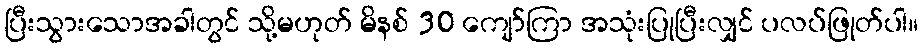
ပြီးသွားသောအခါတွင် သို့မဟုတ် မိနစ် 30 ကျော်ကြာ အသုံးပြုပြီးလျှင် ပလပ်ဖြုတ်ပါ။